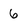
Character: 6